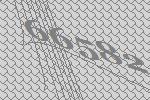
66582